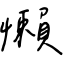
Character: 懶